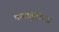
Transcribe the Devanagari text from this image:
कलागुणांच्या